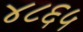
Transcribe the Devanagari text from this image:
४८६५